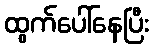
ထွက်ပေါ်နေပြီး